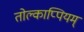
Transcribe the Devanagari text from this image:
तोल्काप्पियम्